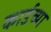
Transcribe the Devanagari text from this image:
कार्डच्या